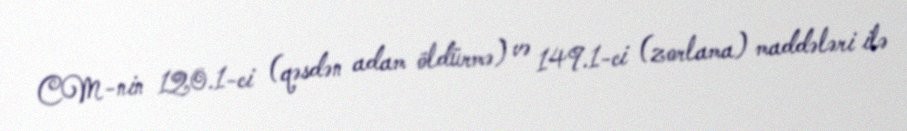
CM-nin 120.1-ci (qəsdən adam öldürmə) və 149.1-ci (zorlama) maddələri ilə